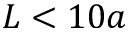
L < 1 0 a